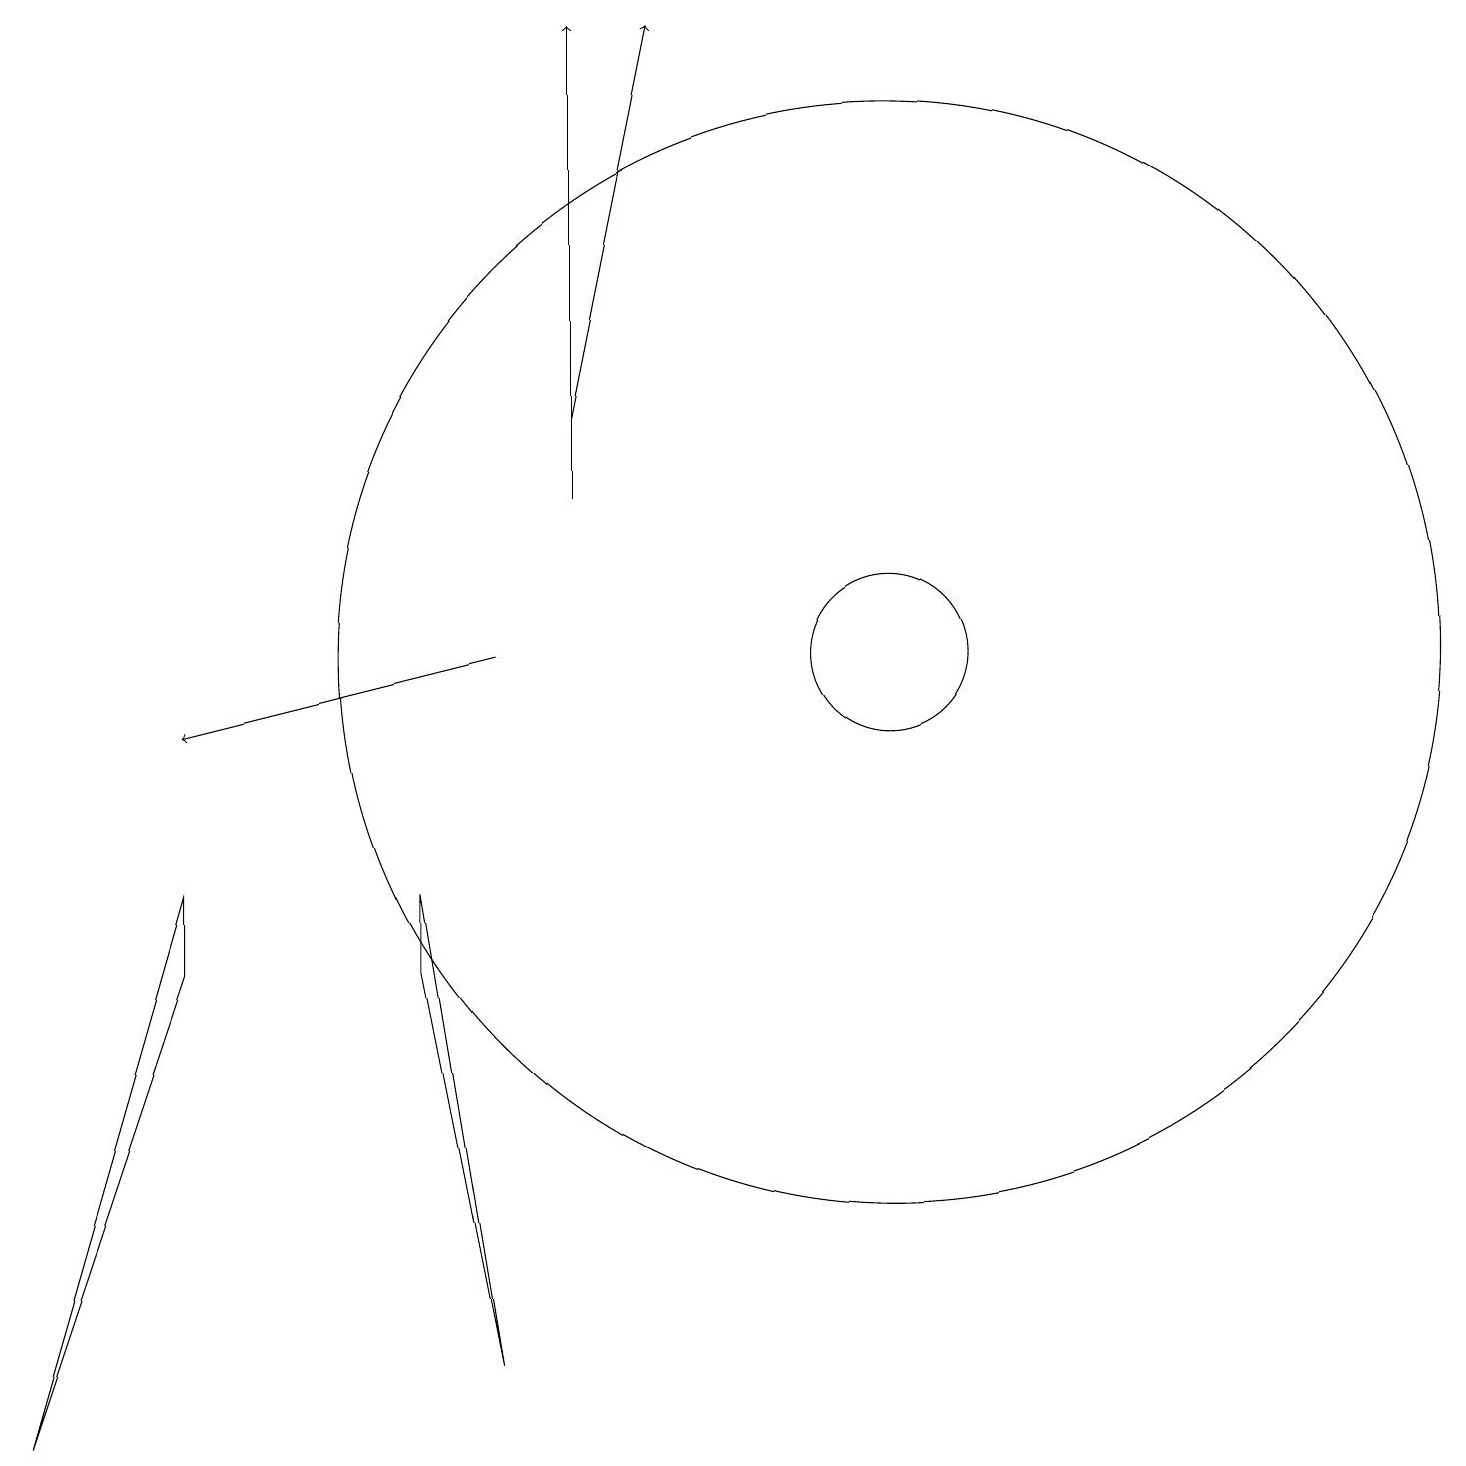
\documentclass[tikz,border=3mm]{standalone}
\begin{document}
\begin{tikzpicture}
\draw (12,11) circle (1);
\draw[->] (8,13) -- (8,19);
\draw[->] (7,11) -- (3,10);
\draw[->] (8,14) -- (9,19);
\draw (7,2) -- (6,8) -- (6,7) -- cycle;
\draw (3,7) -- (1,1) -- (3,8) -- cycle;
\draw (12,11) circle (7);
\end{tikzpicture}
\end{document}